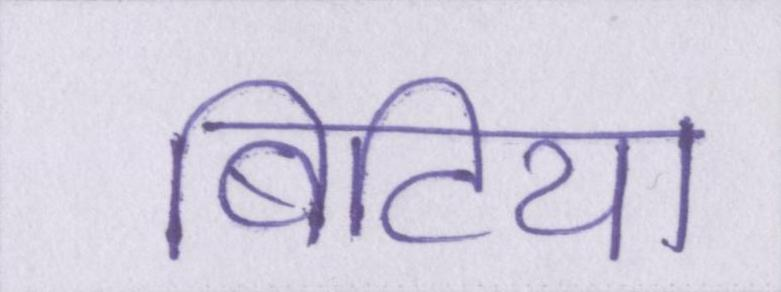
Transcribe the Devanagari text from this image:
बिटिया